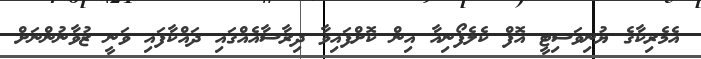
އެމެރިކާގެ ޔުނިވަސިޓީ އޮފް ކެލެފޯނިއާ އިން ކޮށްފައިވާ ދިރާސާއެއްގައި ދައްކާފައި ވަނީ ޒުވާނުންނަށް